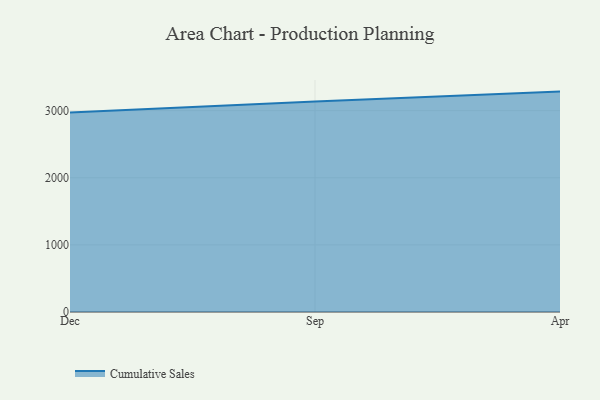
{"axis": {"x": "Month", "y": "Conversion Rate (%)"}, "legend": ["Cumulative Sales"], "data": [{"x": "Dec", "y": 2972.9, "type": "Cumulative Sales"}, {"x": "Sep", "y": 3136.1, "type": "Cumulative Sales"}, {"x": "Apr", "y": 3284.2, "type": "Cumulative Sales"}]}